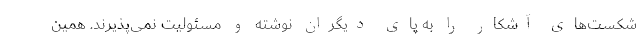
شکست‌های آشکار را به پای دیگران نوشته و مسئولیت نمی‌پذیرند. همین